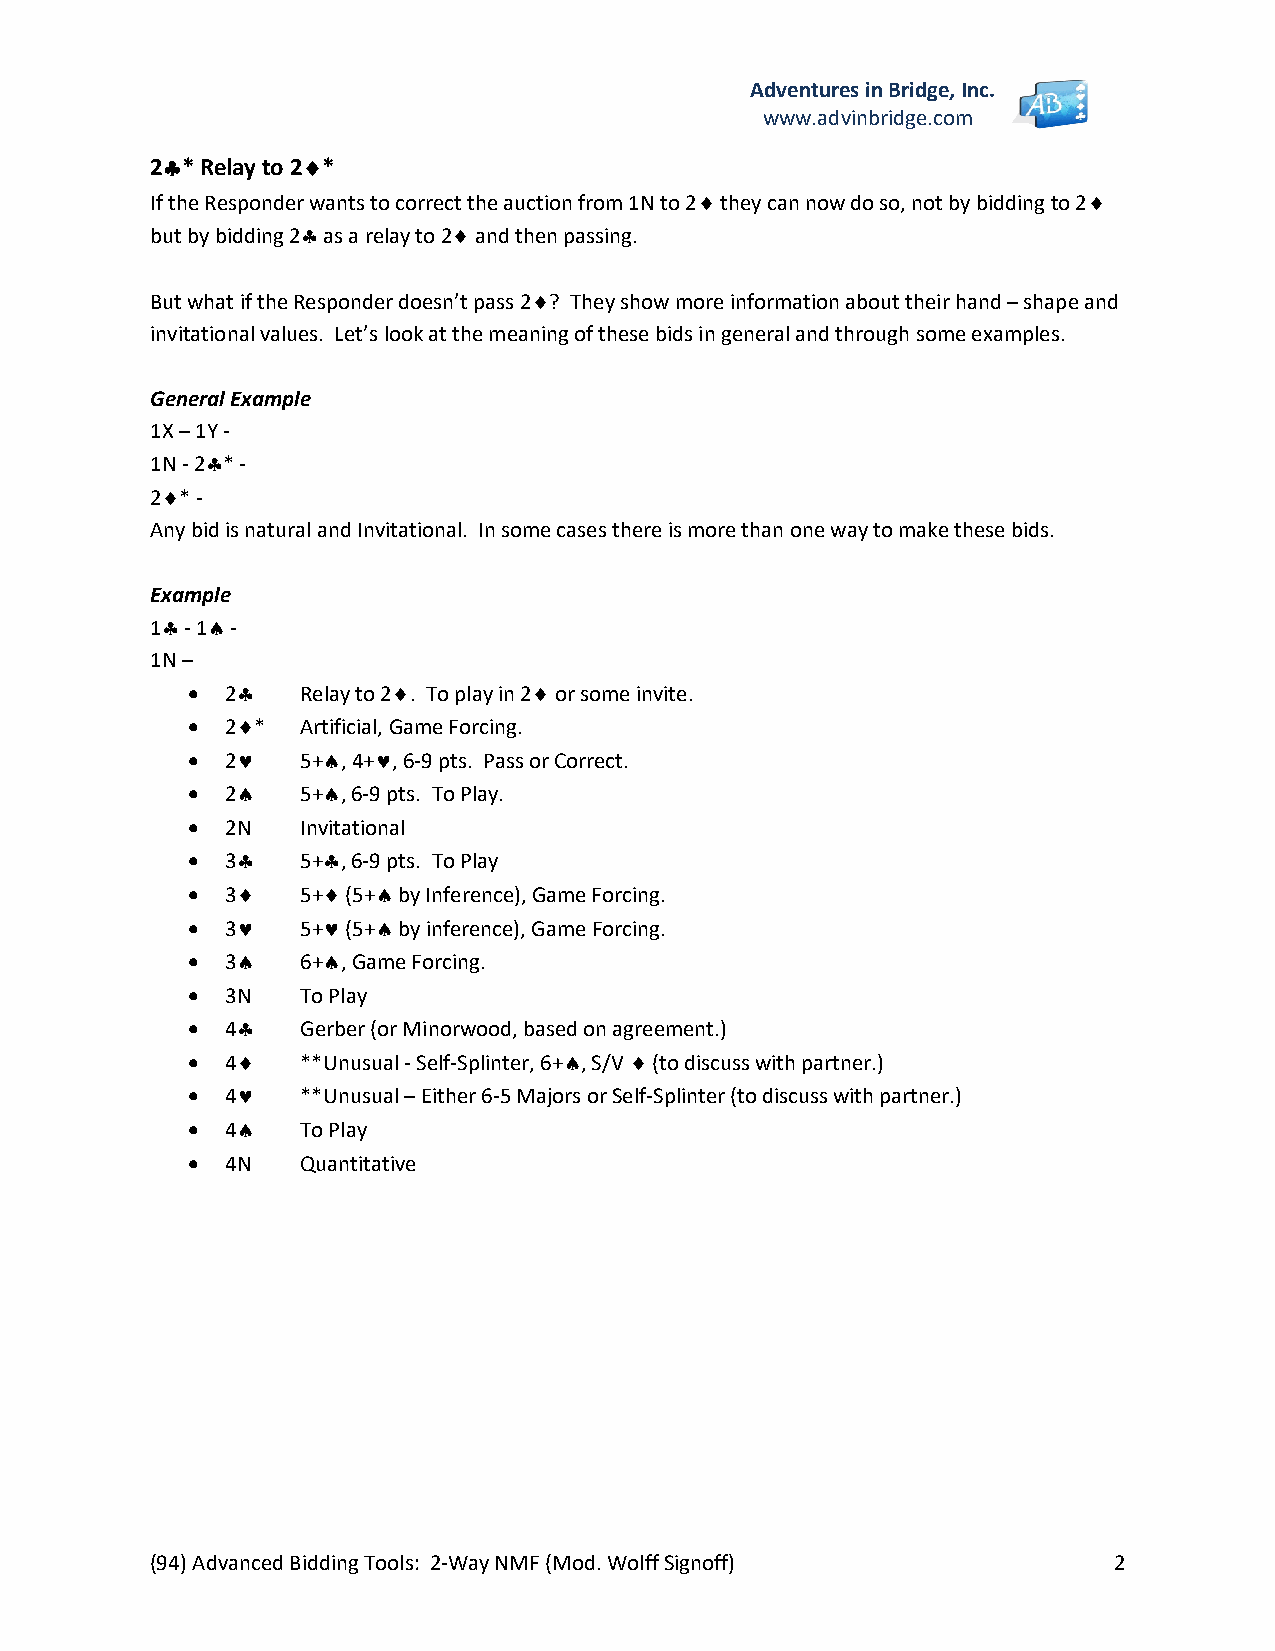
Adventures in Bridge, Inc.
 www.advinbridge.com
 2* Relay to 2*
 If the Responder wants to correct the auction from 1N to 2 they can now do so, not by bidding to 2
 but by bidding 2 as a relay to 2 and then passing.
 But what if the Responder doesn’t pass 2? They show more information about their hand – shape and
 invitational values. Let’s look at the meaning of these bids in general and through some examples.
 General Example
 1X – 1Y -
 1N - 2* -
 2* -
 Any bid is natural and Invitational. In some cases there is more than one way to make these bids.
 Example
 1 - 1 -
 1N –
   2   Relay to 2. To play in 2 or some invite.
   2*  Artificial, Game Forcing.
   2   5+, 4+, 6-9 pts. Pass or Correct.
   2   5+, 6-9 pts. To Play.
   2N   Invitational
   3   5+, 6-9 pts. To Play
   3   5+ (5+ by Inference), Game Forcing.
   3   5+ (5+ by inference), Game Forcing.
   3   6+, Game Forcing.
   3N   To Play
   4   Gerber (or Minorwood, based on agreement.)
   4   **Unusual - Self-Splinter, 6+, S/V  (to discuss with partner.)
   4   **Unusual – Either 6-5 Majors or Self-Splinter (to discuss with partner.)
   4   To Play
   4N   Quantitative
 (94) Advanced Bidding Tools: 2-Way NMF (Mod. Wolff Signoff)     2